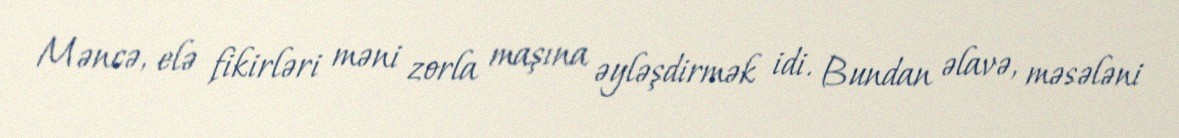
Məncə, elə fikirləri məni zorla maşına əyləşdirmək idi. Bundan əlavə, məsələni